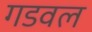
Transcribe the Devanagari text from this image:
गडवल